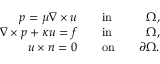
\begin{array} { r l r } { \boldsymbol { p } = \mu \nabla \times \boldsymbol { u } \quad } & { \mathrm { i n } } & { \quad \Omega , } \\ { \nabla \times \boldsymbol { p } + \kappa \boldsymbol { u } = \boldsymbol { f } \quad } & { \mathrm { i n } } & { \quad \Omega , } \\ { \boldsymbol { u } \times \boldsymbol { n } = 0 \quad } & { \mathrm { o n } } & { \quad \partial \Omega . } \end{array}